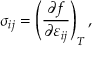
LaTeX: \sigma _ { i j } = \left( { \frac { \partial f } { \partial \varepsilon _ { i j } } } \right) _ { T } ,